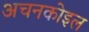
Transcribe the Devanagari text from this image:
अचनकोइल